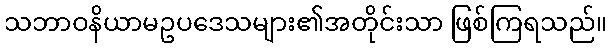
သဘာဝနိယာမဥပဒေသများ၏အတိုင်းသာ ဖြစ်ကြရသည်။